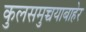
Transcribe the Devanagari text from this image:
कुलसमुच्चयाबाहेर